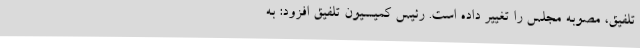
تلفیق، مصوبه مجلس را تغییر داده است. رئیس کمیسیون تلفیق افزود: به